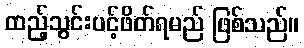
ထည့်သွင်းပင့်ဖိတ်ရမည် ဖြစ်သည်။